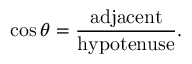
\cos \theta = { \frac { \mathrm { a d j a c e n t } } { \mathrm { h y p o t e n u s e } } } .